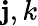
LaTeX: \mathbf{j},k